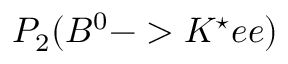
P _ { 2 } ( B ^ { 0 } - > K ^ { \star } e e )